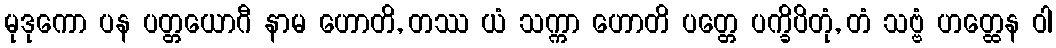
မုဒုကော ပန ပတ္တယောဂီ နာမ ဟောတိ, တဿ ယံ သက္ကာ ဟောတိ ပတ္တေ ပက္ခိပိတုံ, တံ သဗ္ဗံ ဟတ္ထေန ဝါ